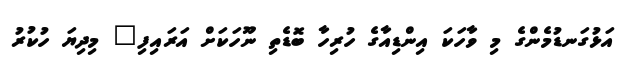
އަޅުގަނޑުމެންގެ މި ވާހަކަ އިންޑިއާގެ ހުރިހާ ބޮޑެތި ނޫހަކަށް އަރައިފި" މިދިޔަ ހުކުރު